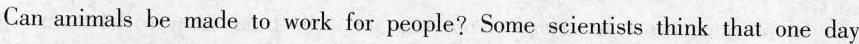
Can animals be made to work for people? Some scientists think that one day